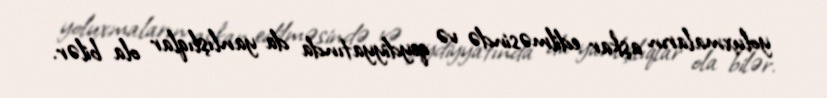
yoluxmaların aşkar edilməsində və qeydiyyatında da yanlışlıqlar ola bilər.